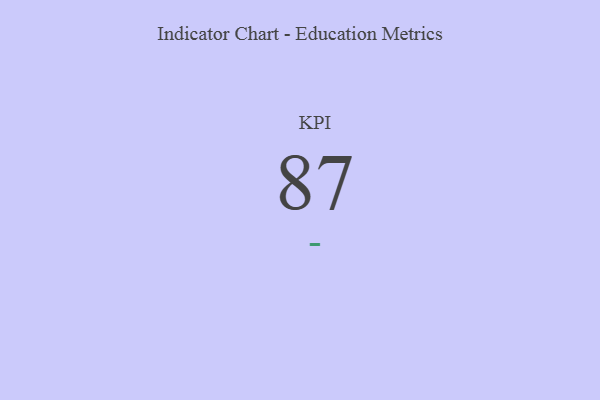
{"axis": {"x": "KPI", "y": "Value"}, "legend": [""], "data": [{"x": "KPI", "y": 87, "type": ""}]}